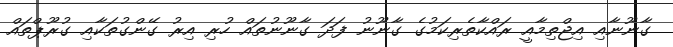
ގާނޫނާއި އިޖްތިމާއީ ރައްކާތެރިކަމުގެ ގާނޫނު ފަދަ ގާނޫނުތައް ހުރި އިރު ގޭންގުތަކާއި ގުރޫޕްތައް